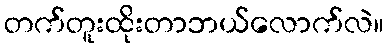
တက်တူးထိုးတာဘယ်လောက်လဲ။